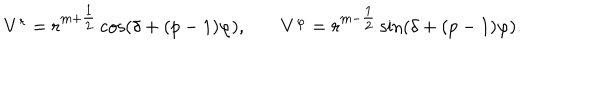
\begin{array} { c c c } { { V ^ { r } = r ^ { m + { \textstyle { \frac { 1 } { 2 } } } } \cos ( \delta + ( p - 1 ) \varphi ) , } } & { { } } & { { V ^ { \varphi } = r ^ { m - { \textstyle { \frac { 1 } { 2 } } } } \sin ( \delta + ( p - 1 ) \varphi ) . } } \\ \end{array}